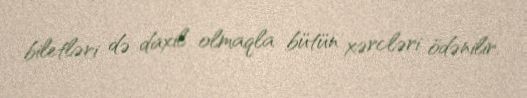
biletləri də daxil olmaqla bütün xərcləri ödənilir.